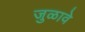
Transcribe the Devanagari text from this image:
जुळावे